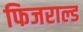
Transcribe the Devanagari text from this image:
फिजराल्ड